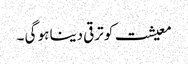
معیشت کو ترقی دینا ہو گی ۔